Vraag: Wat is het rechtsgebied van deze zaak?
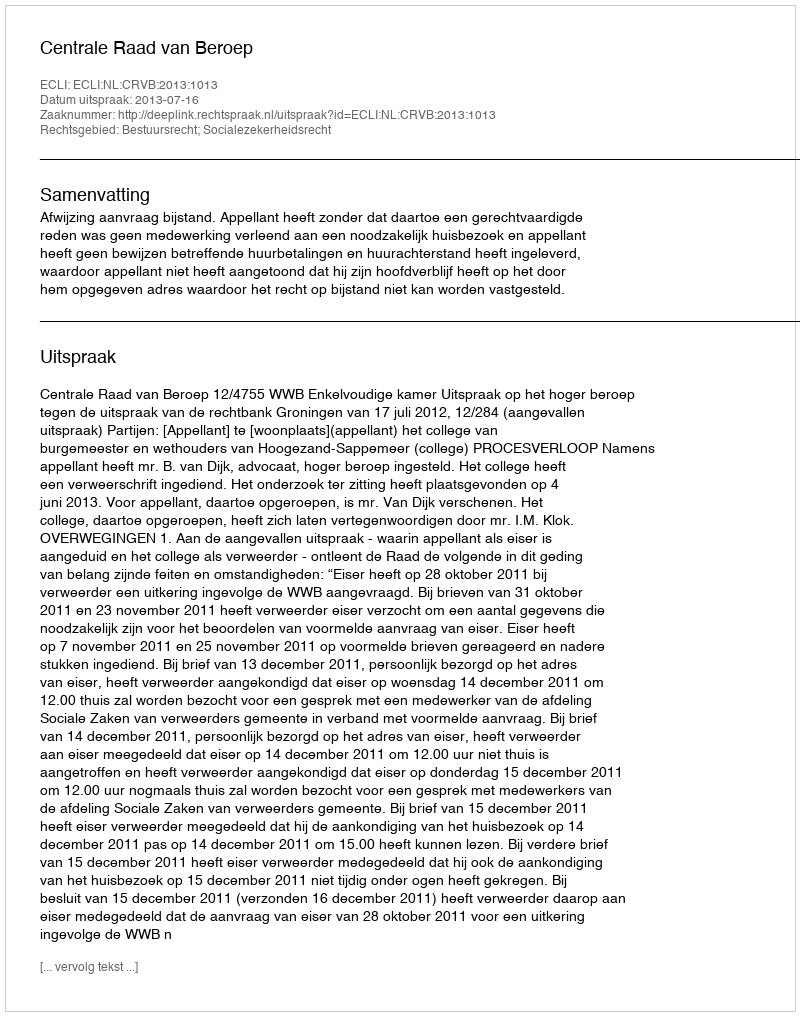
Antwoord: Bestuursrecht; Socialezekerheidsrecht